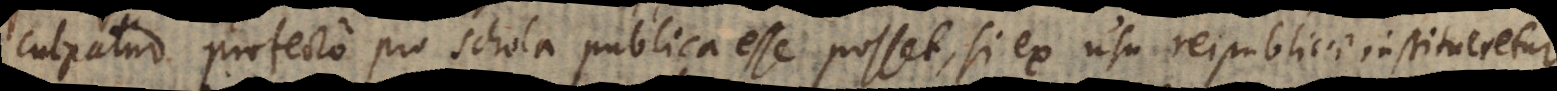
culpatur profecto pro schola publica esse posset, si ex usu reipublicae institueretur.